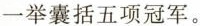
一举囊括五项冠军。